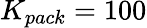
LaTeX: K_{pack}=100